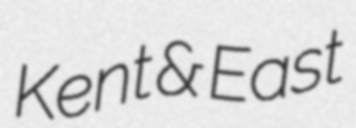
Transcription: Kent & East